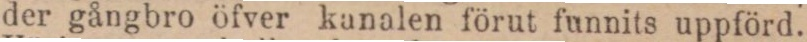
der gångbro öfver kanalen förut funnits uppförd.